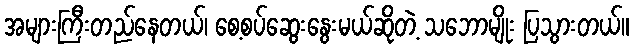
အများကြီးတည်နေတယ်၊ စေ့စပ်ဆွေးနွေးမယ်ဆိုတဲ့ သဘောမျိုး ပြသွားတယ်။